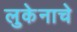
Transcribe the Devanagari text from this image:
लुकेनाचे